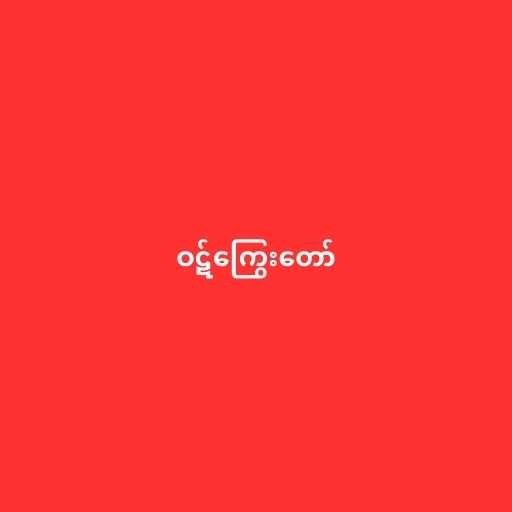
ဝဋ်ကြွေးတော်